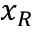
x _ { R }